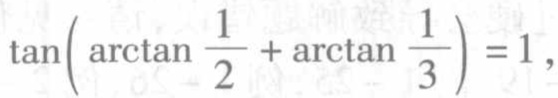
\(\tan\left(\arctan \frac{1}{2}+\arctan \frac{1}{3}\right)=1\)